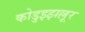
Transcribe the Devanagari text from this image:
कोडुझ्झल्लूर